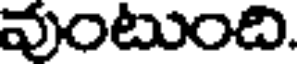
వుంటుంది,